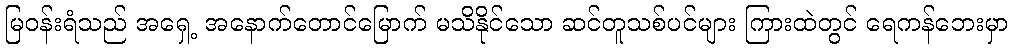
မြဝန်းရံသည် အရှေ့ အနောက်တောင်မြောက် မသိနိုင်သော ဆင်တူသစ်ပင်များ ကြားထဲတွင် ရေကန်ဘေးမှာ